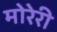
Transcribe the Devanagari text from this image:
मोरेरी